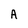
Character: A